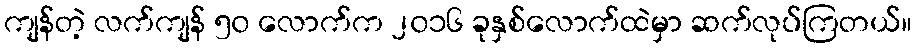
ကျန်တဲ့ လက်ကျန် ၅၀ လောက်က ၂၀၁၆ ခုနှစ်လောက်ထဲမှာ ဆက်လုပ်ကြတယ်။